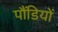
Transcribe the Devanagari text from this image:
पौंडियों